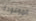
الموعودة